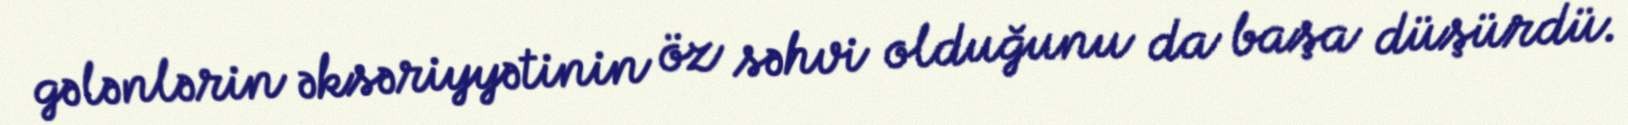
gələnlərin əksəriyyətinin öz səhvi olduğunu da başa düşürdü.